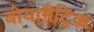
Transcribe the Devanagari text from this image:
बोयामैट्रिक